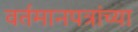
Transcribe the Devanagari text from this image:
वर्तमानपत्रांच्या